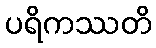
ပရိကဿတိ